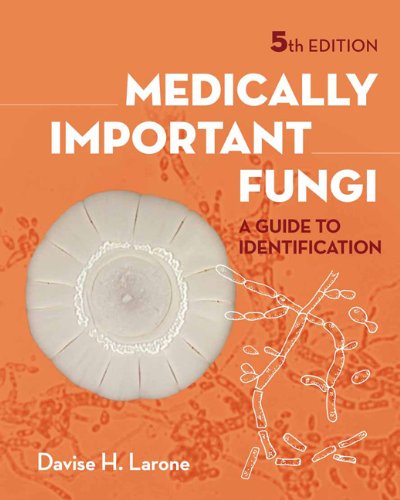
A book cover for Medically Important Fungi: A Guide to Identifi cation; Davise H. Larone; Medical Books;